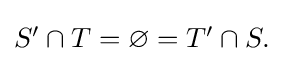
{\textstyle S'\cap T=\varnothing =T'\cap S.}